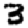
Digit: 3